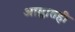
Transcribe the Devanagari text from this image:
आम्लातही